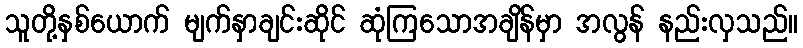
သူတို့နှစ်ယောက် မျက်နှာချင်းဆိုင် ဆုံကြသောအချိန်မှာ အလွန် နည်းလှသည်။